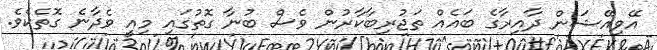
އޭވިއޭޝަން ދާއިރާގެ ބައެއް ތަޖުރިބާކާރުން ވެސް ބުނާ ގޮތުގައި މިއީ ވެދާނެ ގޮތެކެވެ.